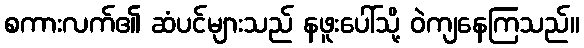
စကားလက်၏ ဆံပင်များသည် နဖူးပေါ်သို့ ဝဲကျနေကြသည်။